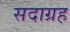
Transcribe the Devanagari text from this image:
सदाग्रह